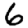
Digit: 6